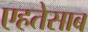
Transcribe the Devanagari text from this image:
एहतेसाब